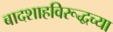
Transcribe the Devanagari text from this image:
बादशाहविरूद्धच्या